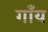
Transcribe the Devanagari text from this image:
गाँय